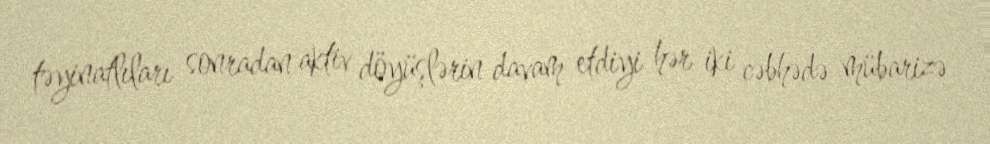
təyinatlıları sonradan aktiv döyüşlərin davam etdiyi hər iki cəbhədə mübarizə